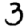
Digit: 3